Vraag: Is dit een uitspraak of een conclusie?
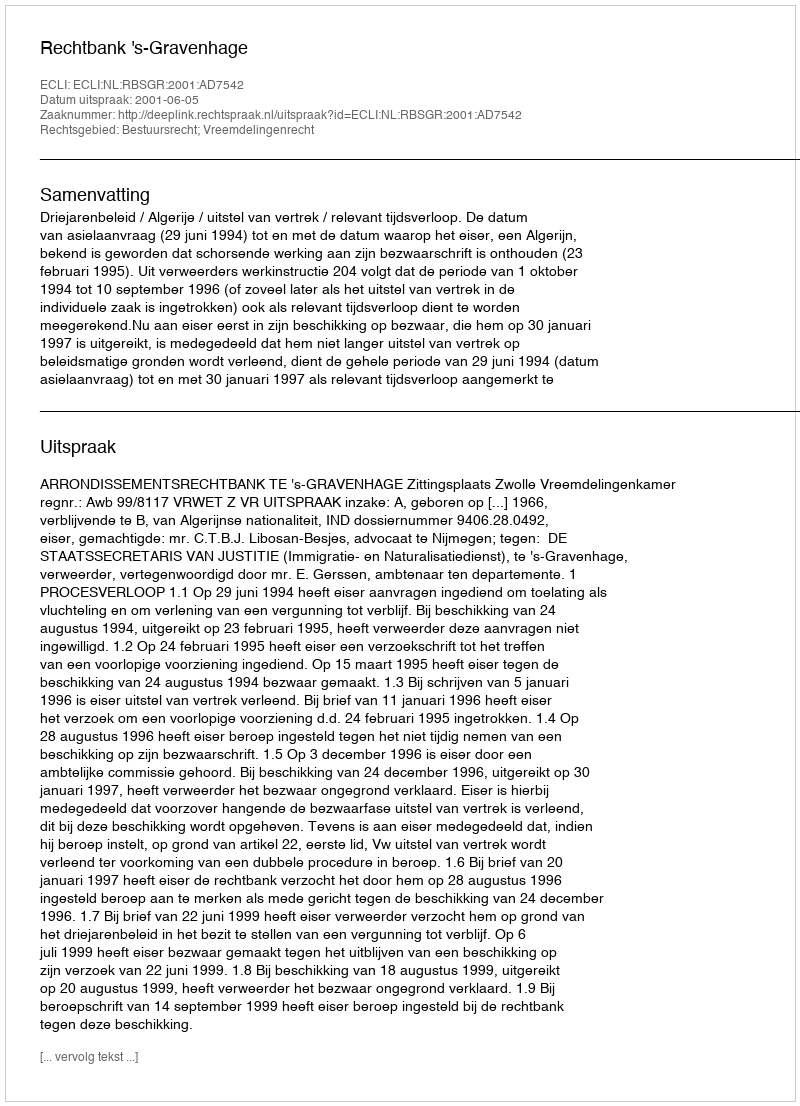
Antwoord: Uitspraak